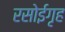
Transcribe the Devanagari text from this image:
रसोईगृह